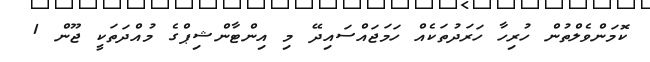
ކޮމަންވެލްތުން ހުރިހާ ހަރަދުތަކެއް ހަމަޖައްސައިދޭ މި އިންޓާންޝިޕްގެ މުއްދަތަކީ ޖޫން 1